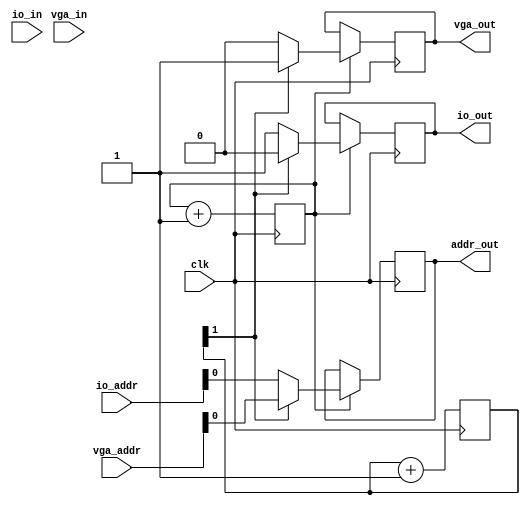
module Dispatch(
   input clk,
   input vga_in,
   input [14:0] vga_addr,
   input io_in,
   input [14:0] io_addr,
   output vga_out,
   output io_out,
   output addr_out
    );
    
    reg get_state = 1'b1;
    reg vga_resolved = 1'b0;
    reg io_resolved = 1'b0;
    reg [14:0] vga_addr_int = 15'd0;
    reg [14:0] io_addr_int = 15'd0;
    reg clk_gate = 1'b0;
    reg [1:0] select = 2'b00;
    
    always@(posedge clk)
    begin
    // Grab data requests from vga and io
    clk_gate <= clk_gate + 1'b1;
    select <= select + 1'b1;
    if (clk_gate == 1'b1)
      begin
      // IO handling
      if (select[1] == 1'b0)
         begin
         addr_out <= io_addr;
         io_out <= 1'b1;
         vga_out <= 1'b0;
         end
      // VGA handling
      else if (select[1] == 1'b1)
         begin
         addr_out <= vga_addr;
         io_out <= 1'b0;
         vga_out <= 1'b1;
         end
      end
    end
      
     



endmodule